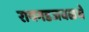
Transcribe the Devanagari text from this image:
रायगडजवळचे